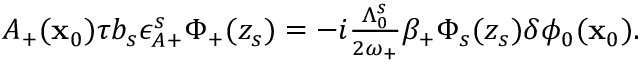
\begin{array} { r } { A _ { + } ( \mathbf { x } _ { 0 } ) \tau b _ { s } \epsilon _ { A + } ^ { s } \Phi _ { + } ( z _ { s } ) = - i \frac { \Lambda _ { 0 } ^ { s } } { 2 \omega _ { + } } \beta _ { + } \Phi _ { s } ( z _ { s } ) \delta \phi _ { 0 } ( \mathbf { x } _ { 0 } ) . } \end{array}